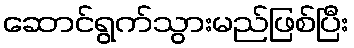
ဆောင်ရွက်သွားမည်ဖြစ်ပြီး